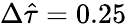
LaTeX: \Delta\hat{\tau}=0.25